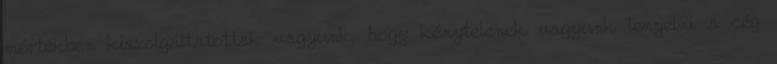
mértékben kiszolgáltatottak vagyunk, hogy kénytelenek vagyunk lenyelni a cég